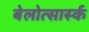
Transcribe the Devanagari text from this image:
बेलोत्सार्स्क